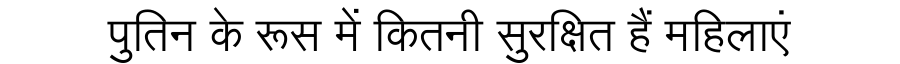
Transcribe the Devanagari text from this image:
पुतिन के रूस में कितनी सुरक्षित हैं महिलाएं